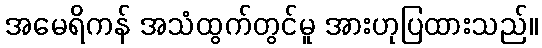
အမေရိကန် အသံထွက်တွင်မူ အားဟုပြထားသည်။